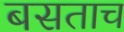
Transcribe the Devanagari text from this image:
बसताच